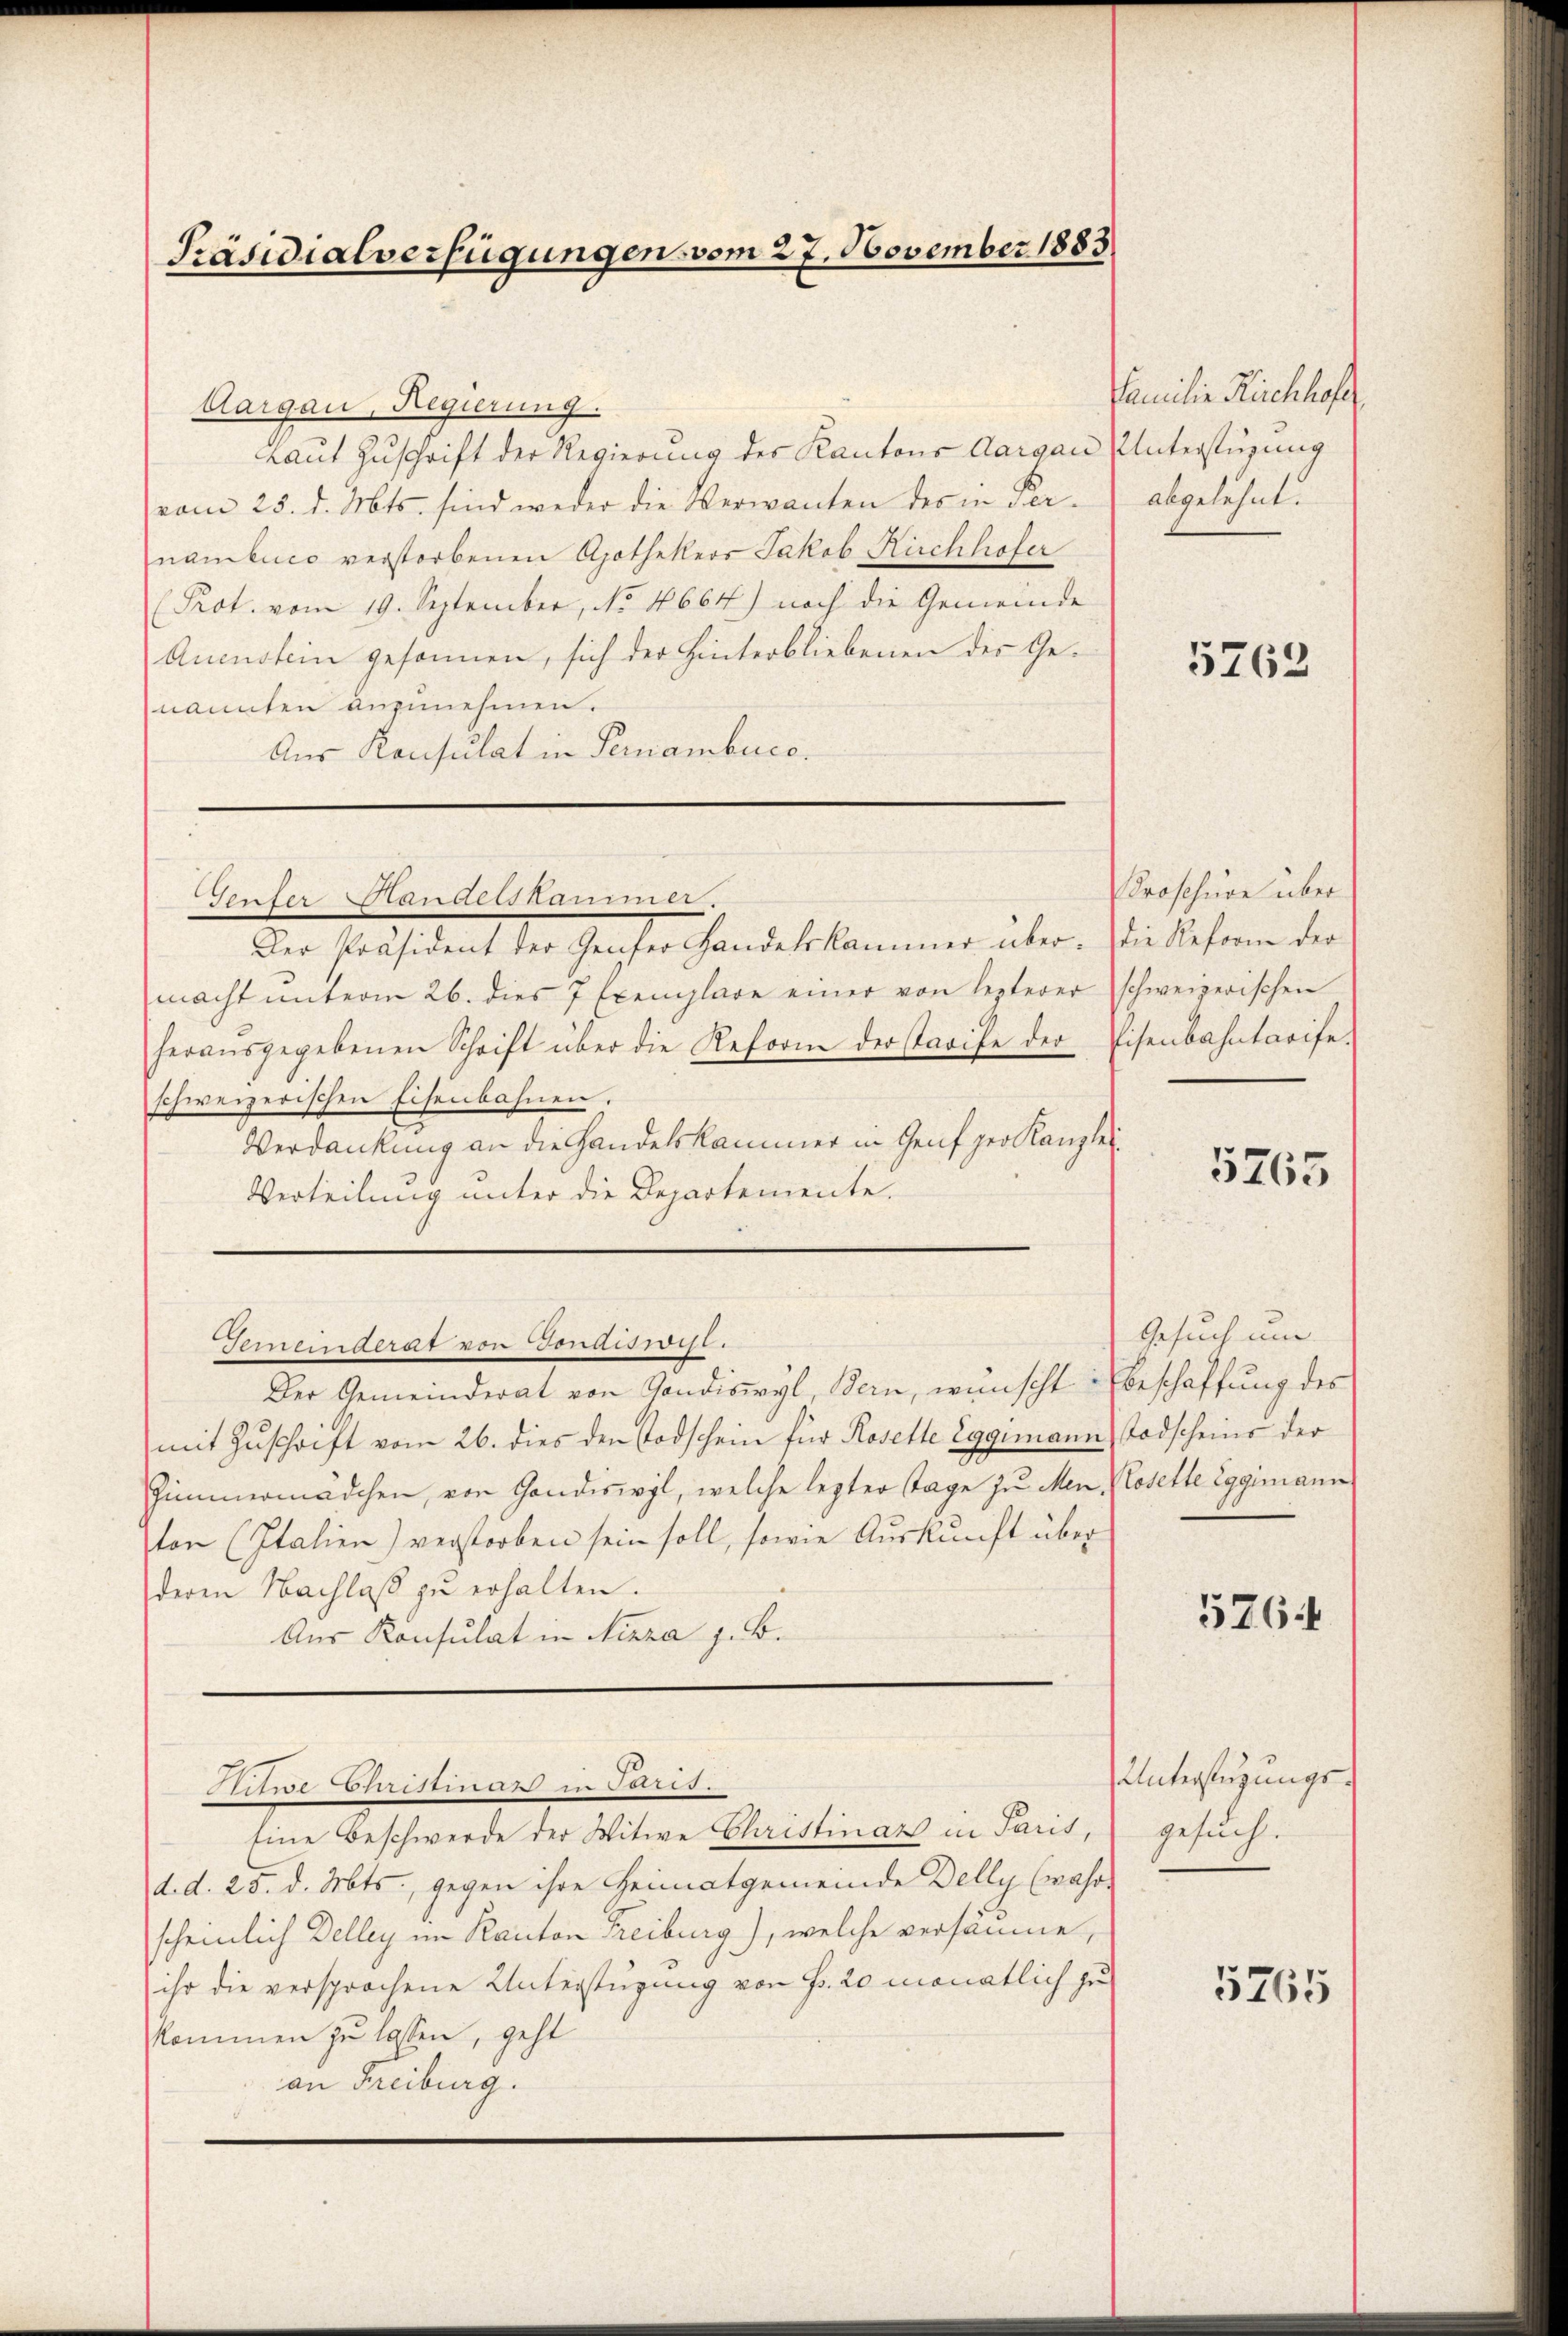
Präsidialverfügungen vom 27. November 1883

Gester Handelskammes.

Aargau, Regierung.
Laut Zuschrift der Regierung des Kantons Aargau Unterstüzung
vom 25. d. Mts. sind weder die Verwanten der in Pernambico verstorbenen Apothekers Jakob Ruchhofer
(Prot. vom 19. September, No 4664) noch die Gemeinde
Aucustein gesonnen, sich der Hinterbliebenen des Genannten anzunehmen.
Aus Konsulat in Pernambuce.

Der Präsident der Genser Handelskammer über. die Reform der
macht ŭnterm 26. dies 7 Exemplare einer von lezterer schweizerischen
heraŭsgegebenen Schrift über die Reform der starife der Eisenbahntarife-
schweizerischen Eisenbahnen.
Verdankung an die Handelskammer in Genf per Kanzlei.
Verteilung unter die Departemente.

Gemeinderat von Gondiswiss.

Pitwe Christinar in Paris.

Familie Rickhof
abgelehnt.

Der Gemeinderat von Sandiswyl, Bern, wünscht beschaffung des
mit Zuschrift vom 26. dies den Todschein für Rosette Eggimann Todscheins der
Zimmermädchen, von Gandiswyl, welche lezter Tage zu Men Klosette Eggimann
ton (Italien) verstorben sein soll, sowie Auskunft über
deren Nachlaß zu erhalten.
Aus Konsulat in Nizza z. B.

Eine Beschwerde der Witwe Christinar in Paris,
d. d. 25. d. Mts., gegen ihre Heimatgemeinde Delly (wahre
scheinlich Delley im Kanton Treiburg), welche versäume,
ihr die versprochene Unterstüzung von Fr. 20 monatlich zu
kommen zu lassen, geht
an Freiburg.

5762

roschüre über

5765

Gesuch um

5764

Unterfügungs-
gesuch.

5765